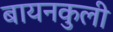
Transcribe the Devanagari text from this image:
बायनकुली